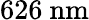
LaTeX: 626~\mathrm{{nm}}